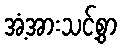
အံ့အားသင့်စွာ